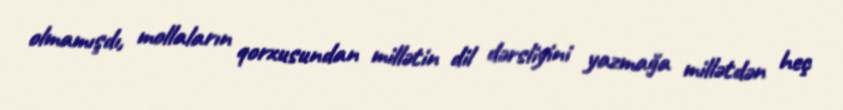
olmamışdı, mollaların qorxusundan millətin dil dərsliyini yazmağa millətdən heç